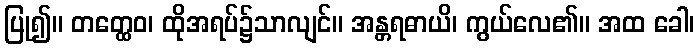
ပြု၍။ တတ္ထေဝ၊ ထိုအရပ်၌သာလျင်။ အန္တရဓာယိ၊ ကွယ်လေ၏။ အထ ခေါ၊